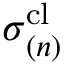
\boldsymbol { \sigma } _ { ( n ) } ^ { \mathrm { c l } }